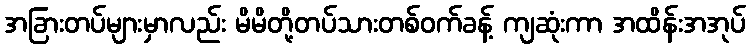
အခြားတပ်များမှာလည်း မိမိတို့တပ်သားတစ်ဝက်ခန့် ကျဆုံးကာ အထိန်းအအုပ်